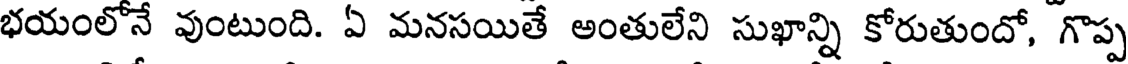
భయంలోనే వుంటుంది. ఏ మనసయితే అంతులేని సుఖాన్ని కోరుతుందో, గొప్ప